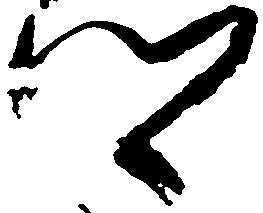
郷